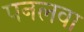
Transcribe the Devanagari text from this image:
पनलवा